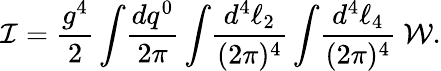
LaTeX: {\cal I}={\frac{g^{4}}{2}}\int\! {\frac{dq^{0}}{2\pi}}\int\! {\frac{d^{4}\ell_{2}}{(2\pi)^{4}}}\int\! {\frac{d^{4}\ell_{4}}{(2\pi)^{4}}}\ {\cal W}.